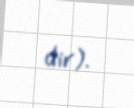
dir).